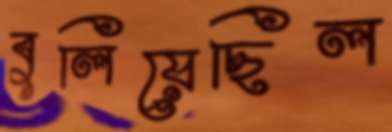
বুলিয়েছিল